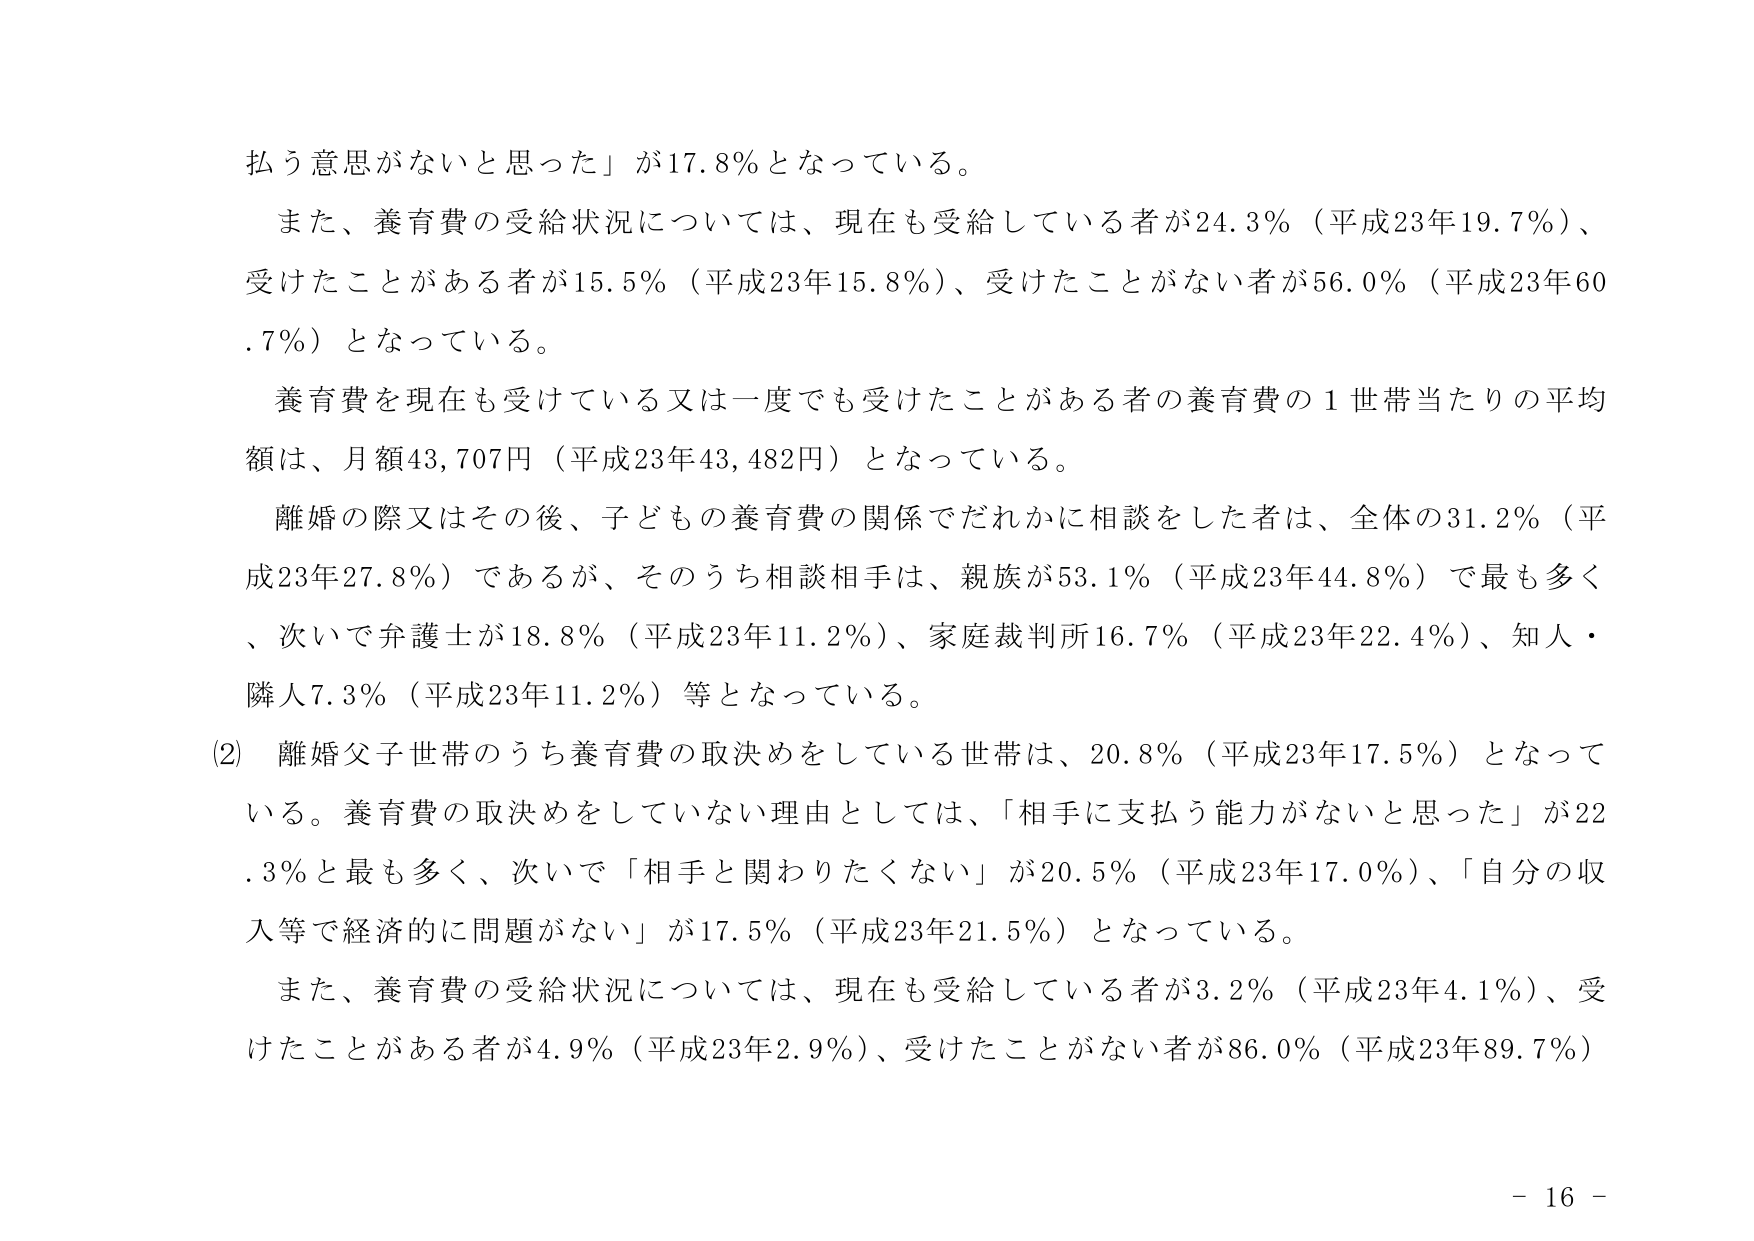
払う意思がないと思った」が17.8％となっている。

また、養育費の受給状況については、現在も受給している者が24.3％（平成23年19.7％）、受けたことがある者が15.5％（平成23年15.8％）、受けたことがない者が56.0％（平成23年60.7％）となっている。

養育費を現在も受けている又は一度でも受けたことがある者の養育費の1世帯当たりの平均額は、月額43,707円（平成23年43,482円）となっている。

離婚の際又はその後、子どもの養育費の関係でだれかに相談をした者は、全体の31.2％（平成23年27.8％）であるが、そのうち相談相手は、親族が53.1％（平成23年44.8％）で最も多く、次いで弁護士が18.8％（平成23年11.2％）、家庭裁判所16.7％（平成23年22.4％）、知人・隣人7.3％（平成23年11.2％）等となっている。

(2) 離婚父子世帯のうち養育費の取決めをしている世帯は、20.8％（平成23年17.5％）となっている。養育費の取決めをしていない理由としては、「相手に支払う能力がないと思った」が22.3％と最も多く、次いで「相手と関わりたくない」が20.5％（平成23年17.0％）、「自分の収入等で経済的に問題がない」が17.5％（平成23年21.5％）となっている。

また、養育費の受給状況については、現在も受給している者が3.2％（平成23年4.1％）、受けたことがある者が4.9％（平成23年2.9％）、受けたことがない者が86.0％（平成23年89.7％）

- 16 -